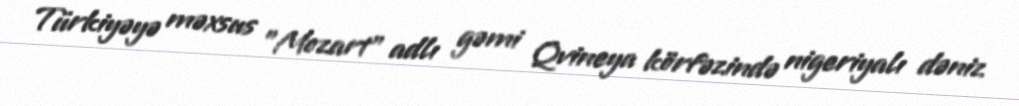
Türkiyəyə məxsus "Mozart" adlı gəmi Qvineya körfəzində nigeriyalı dəniz